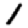
Digit: 1